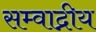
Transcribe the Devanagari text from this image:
सम्वाद्नीय